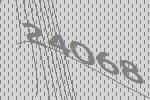
24068